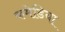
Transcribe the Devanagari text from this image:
कमेडिया